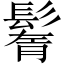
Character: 鬌